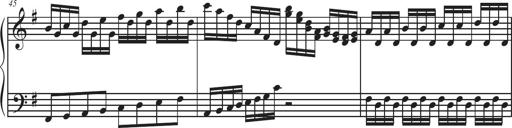
Title: Sonatina Espania
Composer: Jerald Franklin Archer
Key: Various